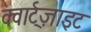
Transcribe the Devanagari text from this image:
क्वार्ट्‌ज़ाइट